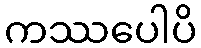
ကဿပေါပိ